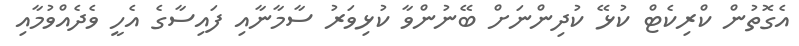
އެގޮތުން ކްރިކެޓް ކުޅޭ ކުދިންނަށް ބޭނުންވާ ކުޅިވަރު ސާމާނާއި ފައިސާގެ އެހީ ވެދެއްވުމާއި